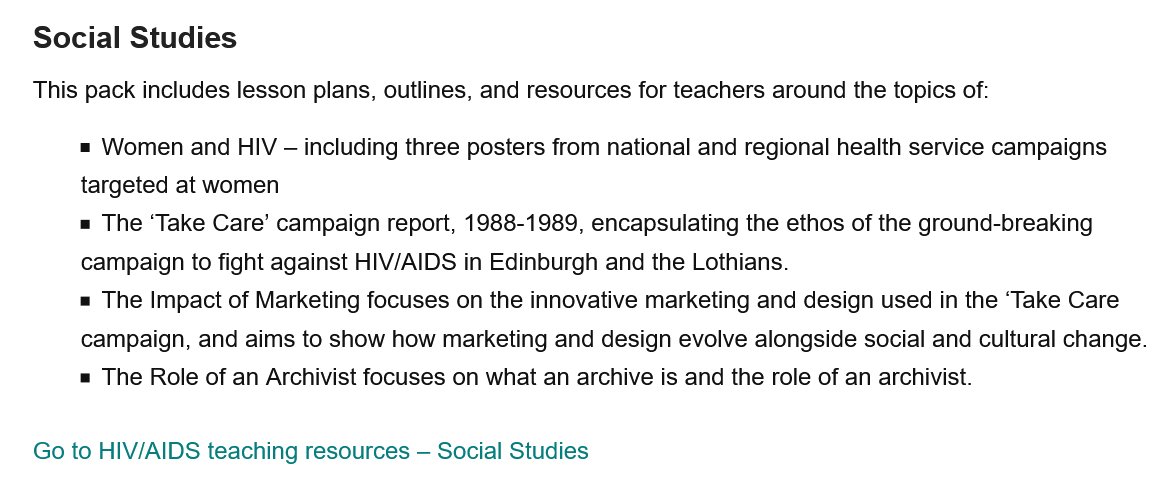
= Women and HIV
     - including three posters from national and regional health service campaigns
     targeted at women
     = The ‘Take Care’ campaign report, 1988-1989, encapsulating the ethos of the ground-breaking
     campaign to fight against HIV/AIDS in Edinburgh and the Lothians.
     = The Role of an Archivist focuses on what an archive is and the role of an archivist.
     = The Impact of Marketing focuses on the innovative marketing and design used in the ‘Take Care
     campaign, and aims to show how marketing and design evolve alongside social and cultural change.
   Go to HIV/AIDS teaching resources —
     Social Studies
   This pack includes lesson plans, outlines, and resources for teachers around the topics of:
   Social  Studies